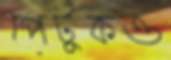
পেটুকও